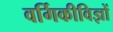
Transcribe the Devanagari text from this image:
वर्गिकीविज्ञों